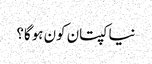
نیا کپتان کون ہوگا؟